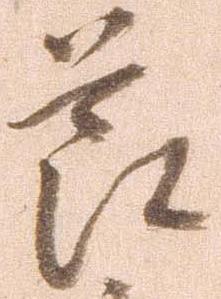
節